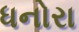
ધનોરા